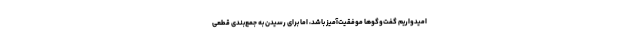
امیدواریم گفت‌وگوها موفقیت‌آمیز باشد، اما برای رسیدن به جمع‌بندی قطعی